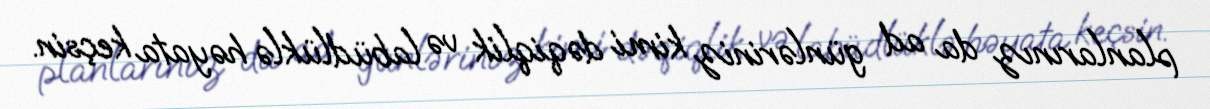
planlarınız da ad günləriniz kimi dəqiqlik və labüdlüklə həyata keçsin.